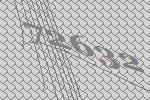
72632